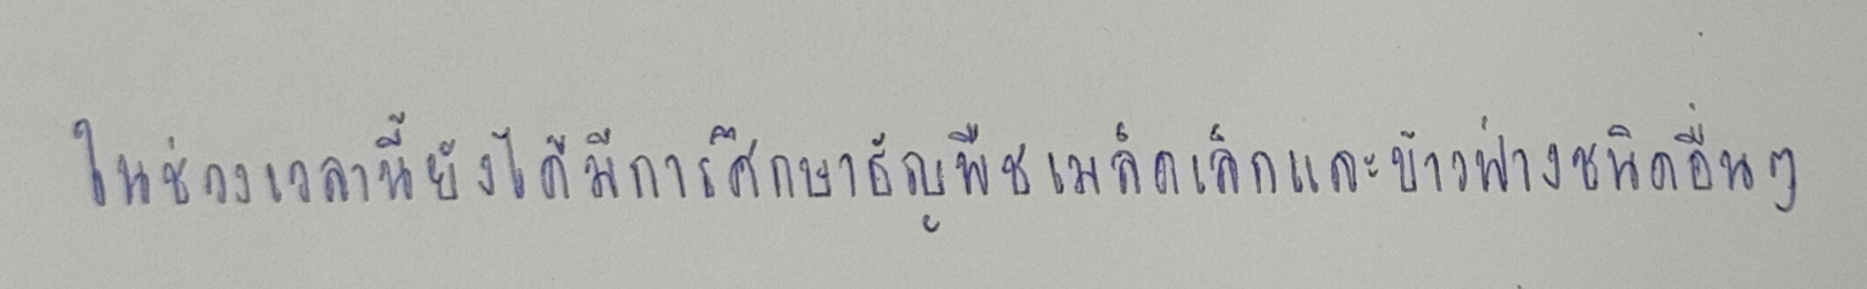
ในช่วงเวลานี้ยังได้มีการศึกษาธัญพืชเมล็ดเล็กและข้าวฟ่างชนิดอื่นๆ